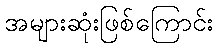
အများဆုံးဖြစ်ကြောင်း